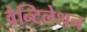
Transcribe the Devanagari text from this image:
वेन्टिलेशन